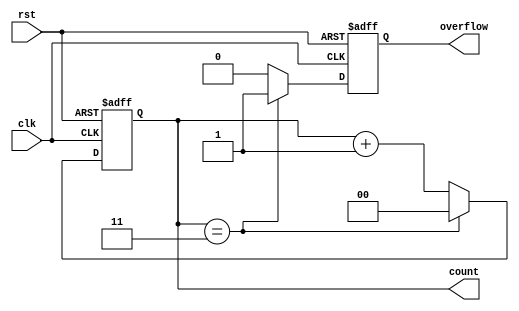
module divide_by_n_counter #(
    parameter N = 4 // Parameter for the divide value, default is 4
) (
    input wire clk,          // Clock signal
    input wire rst,          // Asynchronous reset signal
    output reg [clog2(N)-1:0] count, // Current count output
    output reg overflow      // Overflow signal
);

    // Function to calculate the ceiling of log2(N)
    function integer clog2;
        input integer value;
        begin
            value = value - 1;
            for (clog2 = 0; value > 0; clog2 = clog2 + 1)
                value = value >> 1;
        end
    endfunction

    // Counter logic
    always @(posedge clk or posedge rst) begin
        if (rst) begin
            count <= 0;        // Reset count to 0
            overflow <= 0;     // Clear overflow signal
        end else begin
            if (count == (N - 1)) begin
                count <= 0;    // Reset count to 0 when reaching N
                overflow <= 1;  // Assert overflow signal
            end else begin
                count <= count + 1; // Increment count
                overflow <= 0; // Clear overflow signal
            end
        end
    end

endmodule